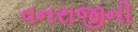
વનરાજીની